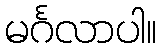
မင်္ဂလာပါ။